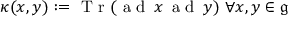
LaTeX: \kappa ( x , y ) : = { \textrm { T r } } ( { \textrm { a d } } \, x \, { \textrm { a d } } \, y ) \ \forall x , y \in { \mathfrak { g } }